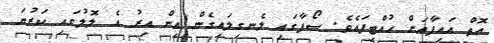
އޮތް އައިފާއަށް ހުއްޓިފައެވެ. ސޯފާގައި ލެނގިލައިގެން އިން އިރު އެ ލޮލުގައި ކަރުނަ